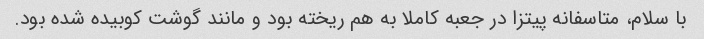
با سلام، متاسفانه پیتزا در جعبه کاملا به هم ریخته بود و مانند گوشت کوبیده شده بود.